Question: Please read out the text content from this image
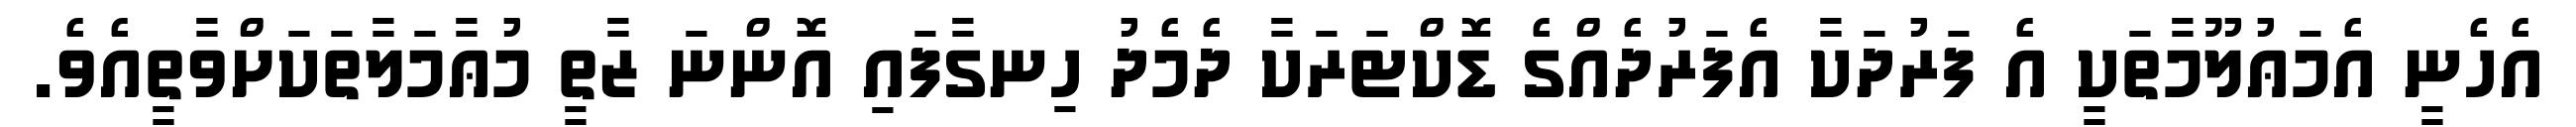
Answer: އެހެނީ އެމަޢުލޫމާތަކީ އެ ފަރުދަކާ އެފަރުދެއްގެ ޑޮކްޓަރަކާ ދެމެދު ހިނގާފައި އޮންނަ ޒާތީ މުޢާމަލާތަކަށްވާތީއެވެ.